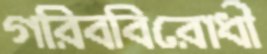
গরিববিরোধী